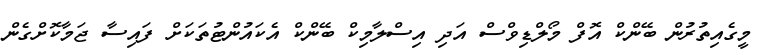
މީގެއިތުރުން ބޭންކް އޮފް މޯލްޑިވްސް އަދި އިސްލާމިކް ބޭންކް އެކައުންޓުތަކަށް ފައިސާ ޖަމާކޮށްގެން